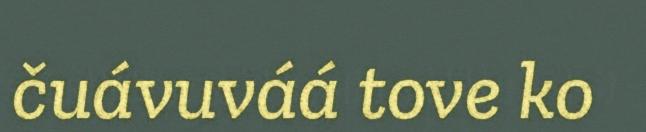
čuávuváá tove ko